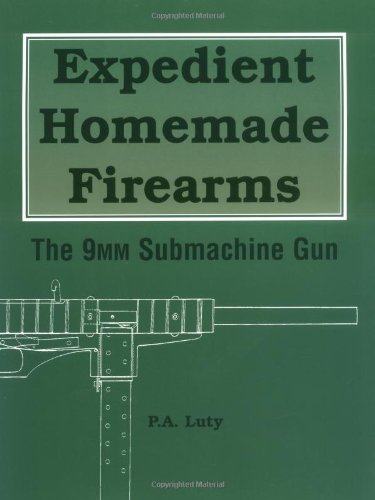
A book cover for Expedient Homemade Firearms: The 9mm Submachine Gun; P.A. Luty; Crafts, Hobbies & Home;